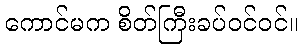
ကောင်မက စိတ်ကြီးခပ်ဝင်ဝင်။